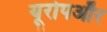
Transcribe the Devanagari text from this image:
यूरोपऔर